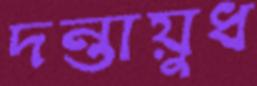
দন্তায়ুধ